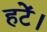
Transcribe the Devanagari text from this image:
हटें।